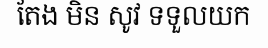
តែង មិន សូវ ទទួលយក